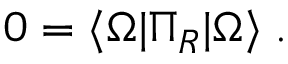
0 = \langle \Omega \vert \Pi _ { R } \vert \Omega \rangle \; .